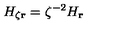
{ H } _ { \zeta \bf r } = \zeta ^ { - 2 } { H } _ { \bf r }